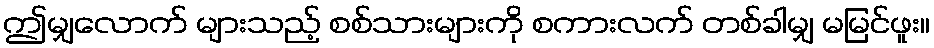
ဤမျှလောက် များသည့် စစ်သားများကို စကားလက် တစ်ခါမျှ မမြင်ဖူး။